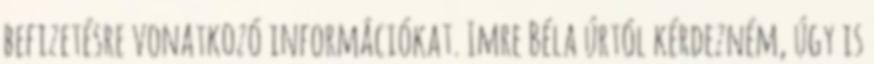
befizetésre vonatkozó információkat. Imre Béla úrtól kérdezném, úgy is